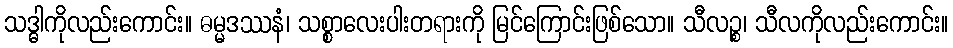
သဒ္ဓါကိုလည်းကောင်း။ ဓမ္မဒဿနံ၊ သစ္စာလေးပါးတရားကို မြင်ကြောင်းဖြစ်သော။ သီလဉ္စ၊ သီလကိုလည်းကောင်း။